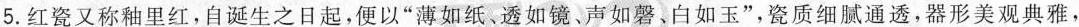
5.红瓷又称釉里红，自诞生之日起，便以”薄如纸、透如镜、声如磬、白如玉”，瓷质细腻通透，器形美观典雅，